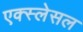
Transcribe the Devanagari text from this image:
एक्स्लेसल